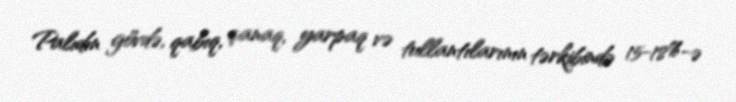
Palıdın gövdə, qabıq, çanaq, yarpaq və tullantılarının tərkibində 15-18%-ə